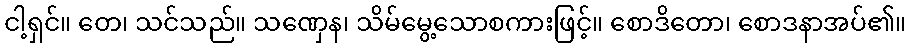
ငါ့ရှင်။ တေ၊ သင်သည်။ သဏှေန၊ သိမ်မွေ့သောစကားဖြင့်။ စောဒိတော၊ စောဒနာအပ်၏။